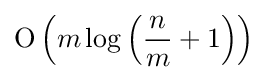
{\text{O}}\left(m\log \left({n \over m}+1\right)\right)